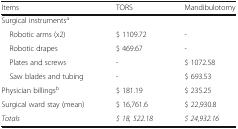
<table><thead><tr><td><b>Items</b></td><td><b>TORS</b></td><td><b>Mandibulotomy</b></td></tr></thead><tbody><tr><td colspan="3">Surgical instruments<sup>a</sup></td></tr><tr><td> Robotic arms (x2)</td><td>$ 1109.72</td><td>-</td></tr><tr><td> Robotic drapes</td><td>$ 469.67</td><td>-</td></tr><tr><td> Plates and screws</td><td>-</td><td>$ 1072.58</td></tr><tr><td> Saw blades and tubing</td><td>-</td><td>$ 693.53</td></tr><tr><td>Physician billings<sup>b</sup></td><td>$ 181.19</td><td>$ 235.25</td></tr><tr><td>Surgical ward stay (mean)</td><td>$ 16,761.6</td><td>$ 22,930.8</td></tr><tr><td><i>Totals</i></td><td><i>$ 18, 522.18</i></td><td><i>$ 24,932.16</i></td></tr></tbody></table>